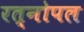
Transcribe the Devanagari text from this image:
रत्नोपल